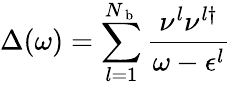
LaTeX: \Delta(\omega)=\sum_{l=1}^{N_{\mathrm{~b~}}}\frac{\nu^{l}\nu^{l\dagger}}{\omega-\epsilon^{l}}